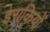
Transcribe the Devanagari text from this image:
इराक़ियों